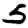
Digit: 5